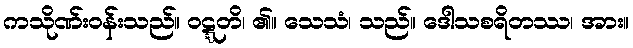
ကသိုဏ်းဝန်းသည်။ ဝဋ္ဋတိ၊ ၏။ သေသံ၊ သည်။ ဒေါသစရိတဿ၊ အား။